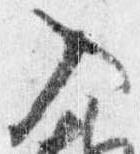
入